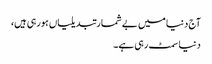
آج دنیا میں بے شمارتبدیلیاں ہورہی ہیں،
دنیا سمٹ رہی ہے۔